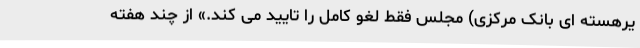
یرهسته ای بانک مرکزی) مجلس فقط لغو کامل را تایید می کند.» از چند هفته